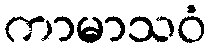
ကာမာသဝံ